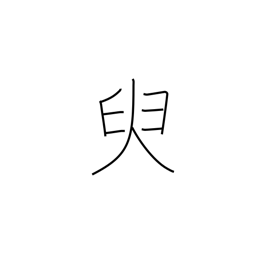
Meaning: a little while